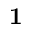
{ \bf 1 }